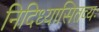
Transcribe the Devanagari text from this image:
निदिध्यासितव्यः